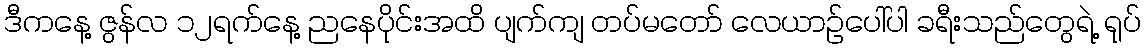
ဒီကနေ့ ဇွန်လ ၁၂ရက်နေ့ ညနေပိုင်းအထိ ပျက်ကျ တပ်မတော် လေယာဉ်ပေါ်ပါ ခရီးသည်တွေရဲ့ ရုပ်